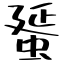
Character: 蜑